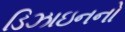
ડિઝાઇનનો